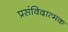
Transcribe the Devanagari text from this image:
प्रसंविदात्मक